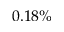
0 . 1 8 \%